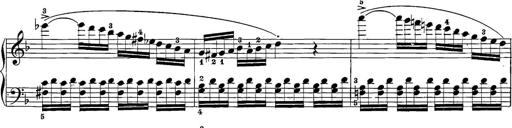
Title: 12 Sonatine per Pianoforte
Composer: Friedrich Kuhlau